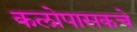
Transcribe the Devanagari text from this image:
कलोपासकचे